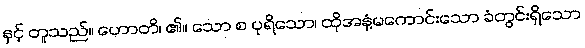
နှင့် တူသည်။ ဟောတိ၊ ၏။ သော စ ပုရိသော၊ ထိုအနံ့မကောင်းသော ခံတွင်းရှိသော